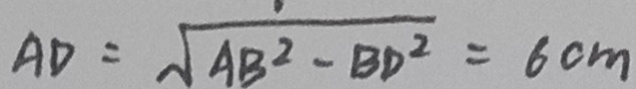
A D = \sqrt { A B ^ { 2 } - B D ^ { 2 } } = 6 c m